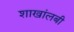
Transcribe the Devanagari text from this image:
शाखांलबी